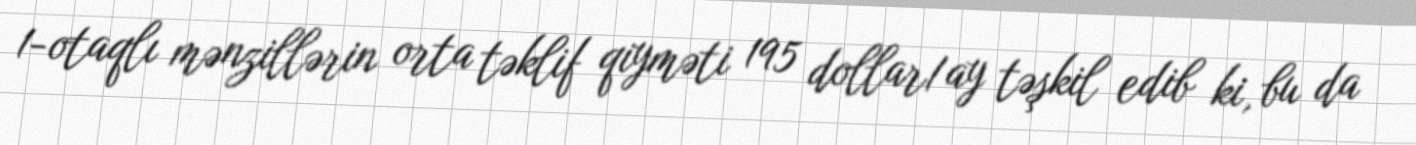
1-otaqlı mənzillərin orta təklif qiyməti 195 dollar/ay təşkil edib ki, bu da